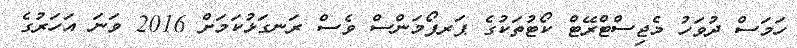
ހަމަސް ދުވަހު މެޖިސްޓްރޭޓް ކޯޓުތަކުގެ ޕަރފޯމަންސް ވެސް ރަނގަޅުކަމަށް 2016 ވަނަ އަހަރުގެ